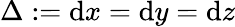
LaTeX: \Delta:=\mathrm{d}x=\mathrm{d}y=\mathrm{d}z